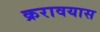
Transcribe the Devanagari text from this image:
क्ररावयास